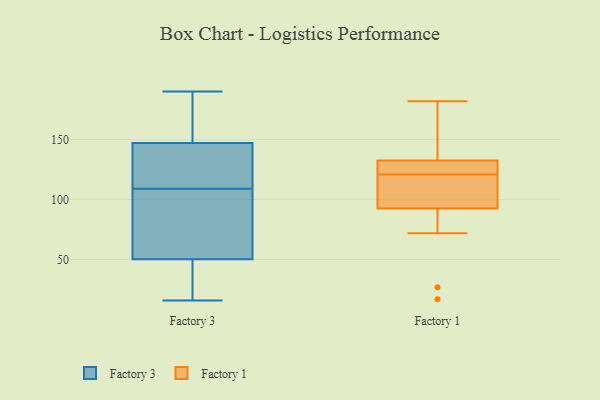
{"axis": {"x": "Page Views", "y": "Value"}, "legend": ["Factory 1", "Factory 3"], "data": [{"x": "", "y": 148, "type": "Factory 3"}, {"x": "", "y": 190, "type": "Factory 3"}, {"x": "", "y": 149, "type": "Factory 3"}, {"x": "", "y": 145, "type": "Factory 3"}, {"x": "", "y": 63, "type": "Factory 3"}, {"x": "", "y": 49, "type": "Factory 3"}, {"x": "", "y": 109, "type": "Factory 3"}, {"x": "", "y": 27, "type": "Factory 3"}, {"x": "", "y": 18, "type": "Factory 3"}, {"x": "", "y": 77, "type": "Factory 3"}, {"x": "", "y": 127, "type": "Factory 3"}, {"x": "", "y": 54, "type": "Factory 3"}, {"x": "", "y": 16, "type": "Factory 3"}, {"x": "", "y": 122, "type": "Factory 3"}, {"x": "", "y": 173, "type": "Factory 3"}, {"x": "", "y": 163, "type": "Factory 1"}, {"x": "", "y": 111, "type": "Factory 1"}, {"x": "", "y": 120, "type": "Factory 1"}, {"x": "", "y": 17, "type": "Factory 1"}, {"x": "", "y": 127, "type": "Factory 1"}, {"x": "", "y": 27, "type": "Factory 1"}, {"x": "", "y": 134, "type": "Factory 1"}, {"x": "", "y": 72, "type": "Factory 1"}, {"x": "", "y": 75, "type": "Factory 1"}, {"x": "", "y": 126, "type": "Factory 1"}, {"x": "", "y": 182, "type": "Factory 1"}, {"x": "", "y": 122, "type": "Factory 1"}, {"x": "", "y": 119, "type": "Factory 1"}, {"x": "", "y": 131, "type": "Factory 1"}, {"x": "", "y": 110, "type": "Factory 1"}, {"x": "", "y": 176, "type": "Factory 1"}]}